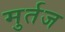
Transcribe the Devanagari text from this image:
मुर्तज